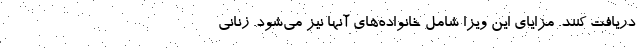
دریافت کنند. مزایای این ویزا شامل خانواده‌های آنها نیز می‌شود. زنانی